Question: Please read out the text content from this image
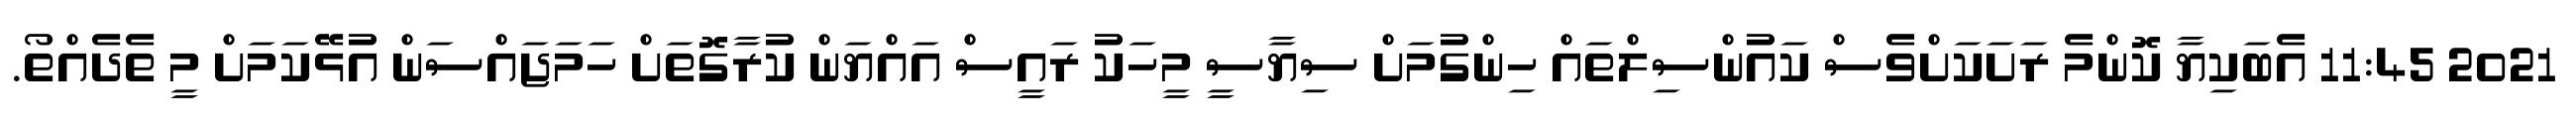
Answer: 2021 11:45 އެބަކިޔާ ކޮންމެ ރަށަކަށްވެސް ކައުންސިލްތައް ހިންގުމަށް ސިޔާސީ މީހަކު ރައީސް އައްޔަން ކުރާގޮތަށް ހަމަޖައްސަން އުޅޭކަމަށް މީ ތެދެއްތޯ.